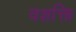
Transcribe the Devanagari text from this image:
वशक्ति